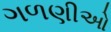
ગળણીઓ